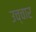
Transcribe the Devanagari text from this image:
उच्‍चार